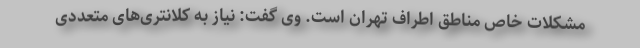
مشکلات خاص مناطق اطراف تهران است. وی گفت: نیاز به کلانتری‌های متعددی